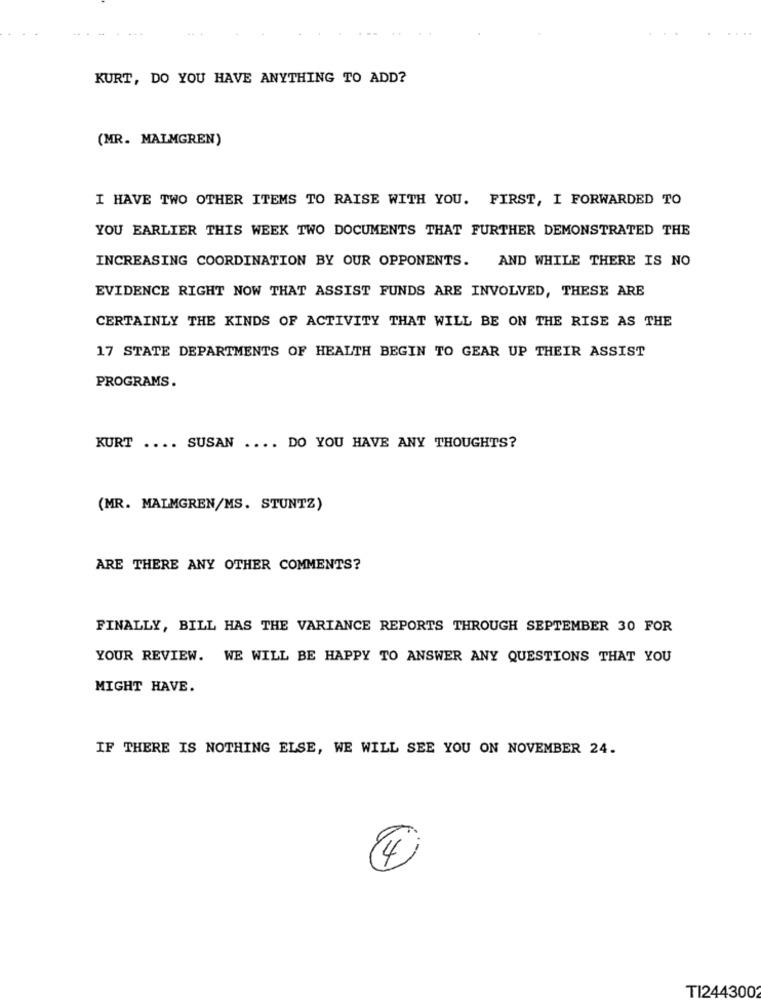
. ..
KURT, DO YOU HAVE ANYTHING TO ADD?
(MR. MALMGREN)
I HAVE TWO OTHER ITEMS TO RAISE WITH YOU. FIRST, I FORWARDED TO
YOU EARLIER THIS WEEK TWO DOCUMENTS THAT FURTHER DEMONSTRATED THE
INCREASING COORDINATION BY OUR OPPONENTS. AND WHILE THERE IS NO
EVIDENCE RIGHT NOW THAT ASSIST FUNDS ARE INVOLVED, THESE ARE
CERTAINLY THE KINDS OF ACTIVITY THAT WILL BE ON THE RISE AS THE
17 STATE DEPARTMENTS OF HEALTH BEGIN TO GEAR UP THEIR ASSIST
PROGRAMS.
KURT .... SUSAN
.... DO YOU HAVE ANY THOUGHTS?
(MR. MALMGREN/MS. STUNTZ)
ARE THERE ANY OTHER COMMENTS?
FINALLY, BILL HAS THE VARIANCE REPORTS THROUGH SEPTEMBER 30 FOR
YOUR REVIEW. WE WILL BE HAPPY TO ANSWER ANY QUESTIONS THAT YOU
MIGHT HAVE.
IF THERE IS NOTHING ELSE, WE WILL SEE YOU ON NOVEMBER 24.
4
TI2443002